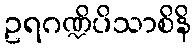
ဥရဂဏ္ဍိပိသာစိနိ